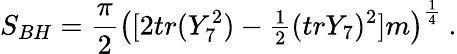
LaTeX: S_{BH}={\frac{\pi}{2}}\left([2tr(Y_{7}^{2})-{\textstyle{\frac{1}{2}}}(trY_{7})^{2}]m\right)^{\frac{1}{4}}\ .